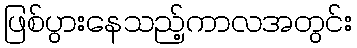
ဖြစ်ပွားနေသည့်ကာလအတွင်း